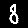
Digit: 8